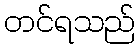
တင်ရသည်